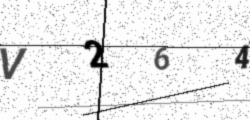
Text: V264